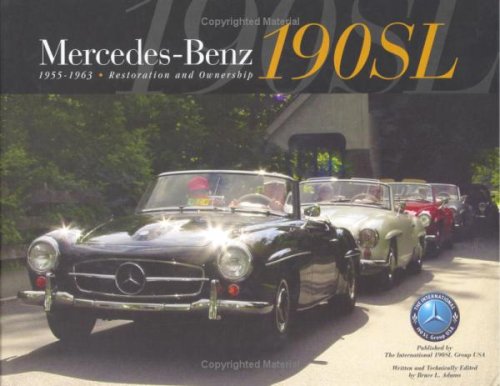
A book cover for Mercedes-Benz 190SL, 1955-1963 Restoration and Ownership Volume 1; Bruce L. Adams; Engineering & Transportation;